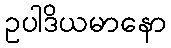
ဥပါဒိယမာနော